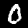
Digit: 0